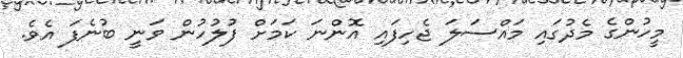
މީހުންގެ މެދުގައި މައްސަލަ ޖެހިފައި އޮންނަ ކަމަށް ފުލުހުން ވަނީ ބުނެފަ އެވެ.